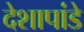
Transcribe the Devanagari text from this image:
देशापांडे